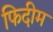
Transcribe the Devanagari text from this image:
फिदीम